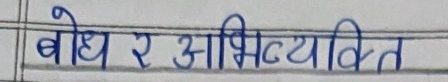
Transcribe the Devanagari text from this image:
बोध र अभिव्यक्ति